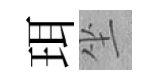
珥坐